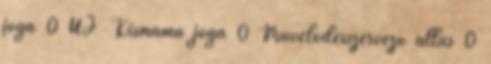
jóga 0 ÚJ Kismama jóga 0 Művelődésszervező állás 0